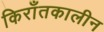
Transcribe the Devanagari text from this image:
किराँतकालीन